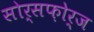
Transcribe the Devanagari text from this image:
सोर्सफ़ोर्ज